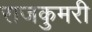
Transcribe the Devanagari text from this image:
राजकुमरी